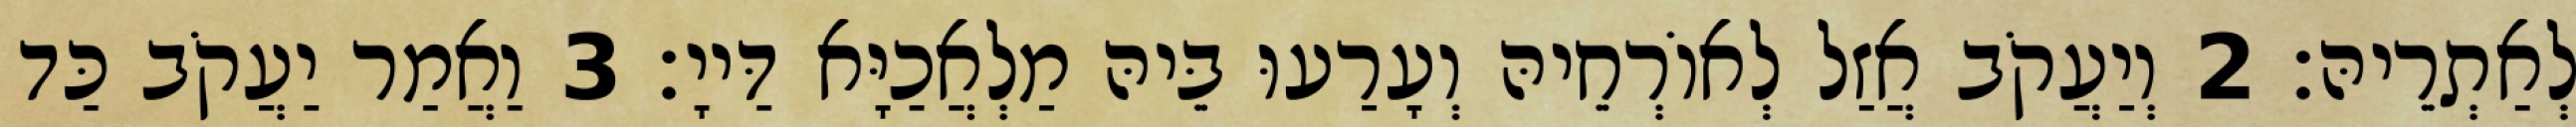
לְאַתְרֵיהּ׃ 2 וְיַעֲקֹב אֲזַל לְאוֹרְחֵיהּ וְעָרַעוּ בֵּיהּ מַלְאֲכַיָּא דַּייָ׃ 3 וַאֲמַר יַעֲקֹב כַּד